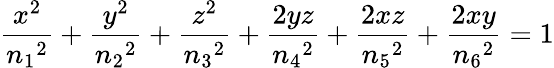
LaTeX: \frac{x^{2}}{n{_1}{^2}}+\frac{y^{2}}{n{_2}{^2}}+\frac{z^{2}}{n{_3}{^2}}+\frac{2yz}{n{_4}{^2}}+\frac{2xz}{n{_5}{^2}}+\frac{2xy}{n{_6}{^2}}=1